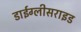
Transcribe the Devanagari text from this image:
डाईग्लीसराइड